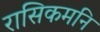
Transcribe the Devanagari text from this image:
रासिकमनि